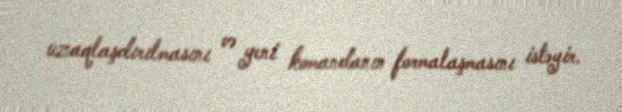
uzaqlaşdırılmasını və yeni komandanın formalaşmasını istəyir.